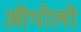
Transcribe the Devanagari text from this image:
ऑपोलो